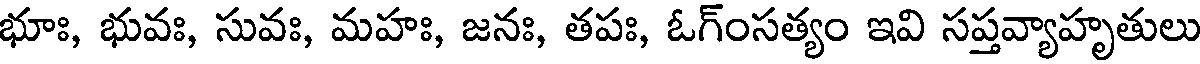
భూః, భువః, సువః, మహః, జనః, తపః, ఓగ్ంసత్యం ఇవి సప్తవ్యాహృతులు